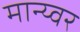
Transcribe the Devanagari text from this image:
मान्य्वर